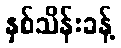
နှစ်သိန်းခန့်